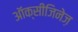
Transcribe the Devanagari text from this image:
ऑक्सीजिनेज़